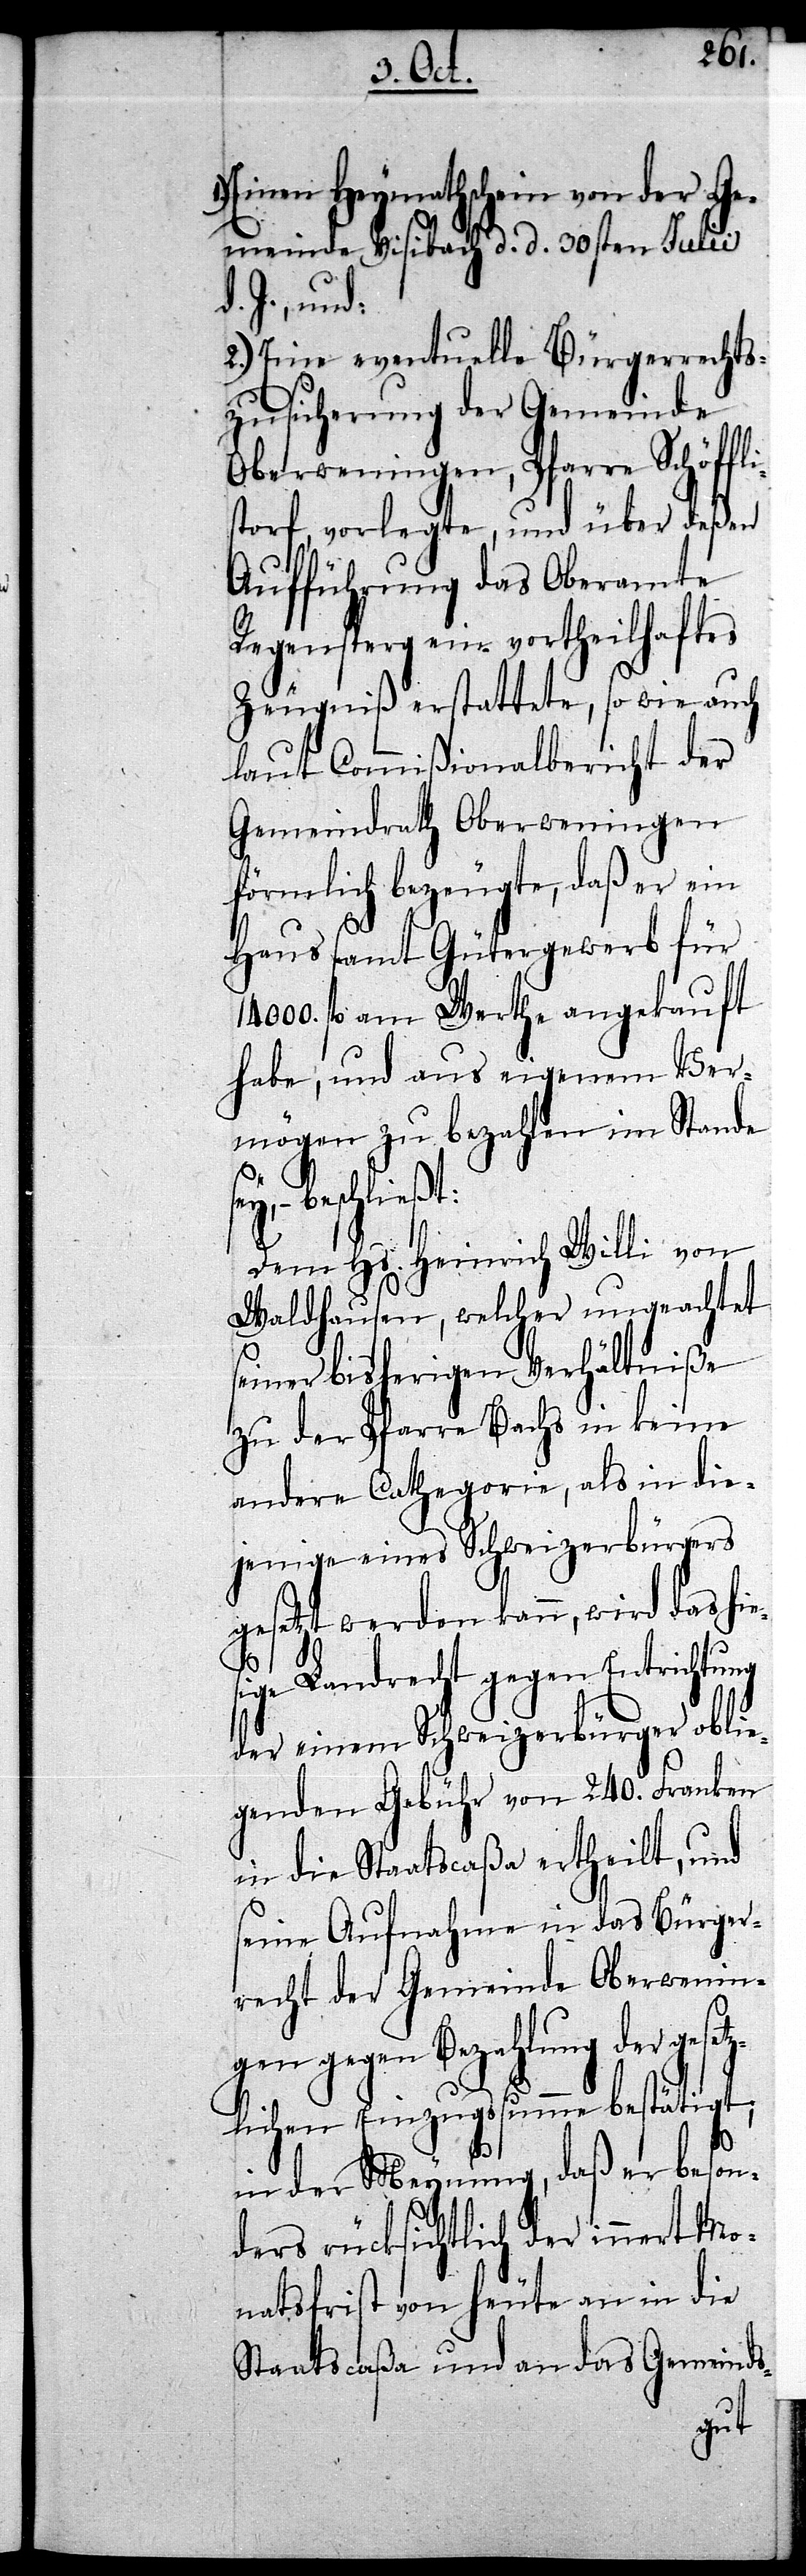
etz¬
Einen Heymathschein von der Ge¬
meinde Visibach d. d. 30sten Julii
d. J., und:
2.) Eine eventuelle Bürgerrechts¬
zusicherung der Gemeinde
Oberweningen, Pfarre Schöffl¬
storf, vorlegte, und über deßen
Aufführung das Oberamte
Regensperg ein vortheilhaftes
Zeugniß erstattete, so wie auch
laut Commißionalbericht der
Gemeindrath Oberweningen
förmlich bezeugte, daß er ein
Haus samt Gütergewerb für
fl am Werthe angekauft
habe, und aus eigenem Ver¬
mögen zu bezahlen im Stande
sey, – beschließt:
Dem Hs. Heinrich Willi von
Waldhausen, welcher ungeachtet
seiner bisherigen Verhältniße
zu der Pfarre Bachs in keine
andere Cathegorie, als in die¬
jenige eines Schweizerbürgers
gesetzt werden kann, wird das hi¬
ige Landrecht gegen Entrichtung
der einem Schweizerbürger obli¬
egenden Gebühr von 240. Franken
in die Staatscaßa ertheilt, und
seine Aufnahme in das Bürger¬
recht der Gemeinde Oberwening¬
en gegen Bezahlung der ges¬
lichen Einzugssumme bestätigt;
in der Meynung, daß er beson¬
ders rücksichtlich der innert Mo¬
natsfrist von heute an in die
Staatscaßa und an das Gemeinds-